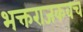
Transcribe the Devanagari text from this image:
भक्तराजकवच